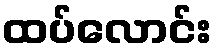
ထပ်လောင်း